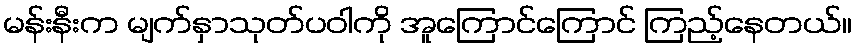
မန်းနီးက မျက်နှာသုတ်ပဝါကို အူကြောင်ကြောင် ကြည့်နေတယ်။